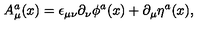
A _ { \mu } ^ { a } ( x ) = \epsilon _ { \mu \nu } \partial _ { \nu } \phi ^ { a } ( x ) + \partial _ { \mu } \eta ^ { a } ( x ) ,